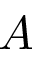
A